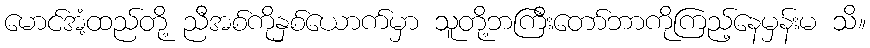
မောင်အံ့ထည်တို့ ညီအစ်ကိုနှစ်ယောက်မှာ သူတို့ဘကြီးတော်ဘာကိုကြည့်နေမှန်းမ သိ။